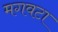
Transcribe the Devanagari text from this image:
मगवटा